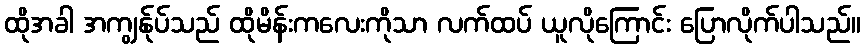
ထိုအခါ အကျွန်ုပ်သည် ထိုမိန်းကလေးကိုသာ လက်ထပ် ယူလိုကြောင်း ပြောလိုက်ပါသည်။